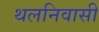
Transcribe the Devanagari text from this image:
थलनिवासी